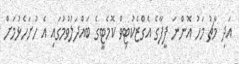
އަދި މާޗު މަހު އޮންނަ ފީފާގެ އެގްޒެކުޓިވް ކޮމެޓީގެ ބައްދަލުވުމުގައި އެ ހުށަހެޅުމަށް